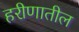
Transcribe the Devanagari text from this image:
हरीणातील